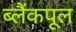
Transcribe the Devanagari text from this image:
ब्लैंकपूल